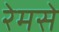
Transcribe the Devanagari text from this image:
रेमसे